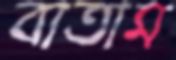
বাতাম